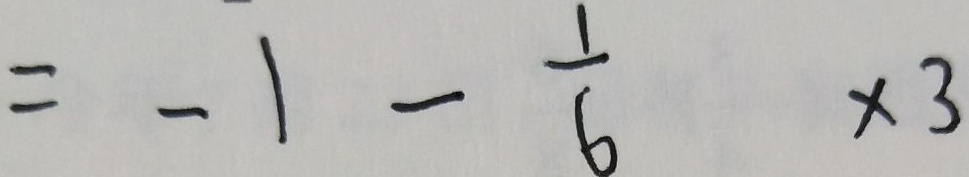
= - 1 - \frac { 1 } { 6 } \times 3